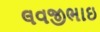
લવજીભાઇ